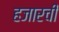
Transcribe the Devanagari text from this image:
हजारची